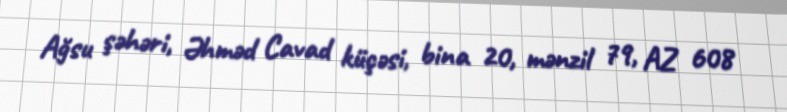
Ağsu şəhəri, Əhməd Cavad küçəsi, bina 20, mənzil 79, AZ 608